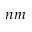
n m